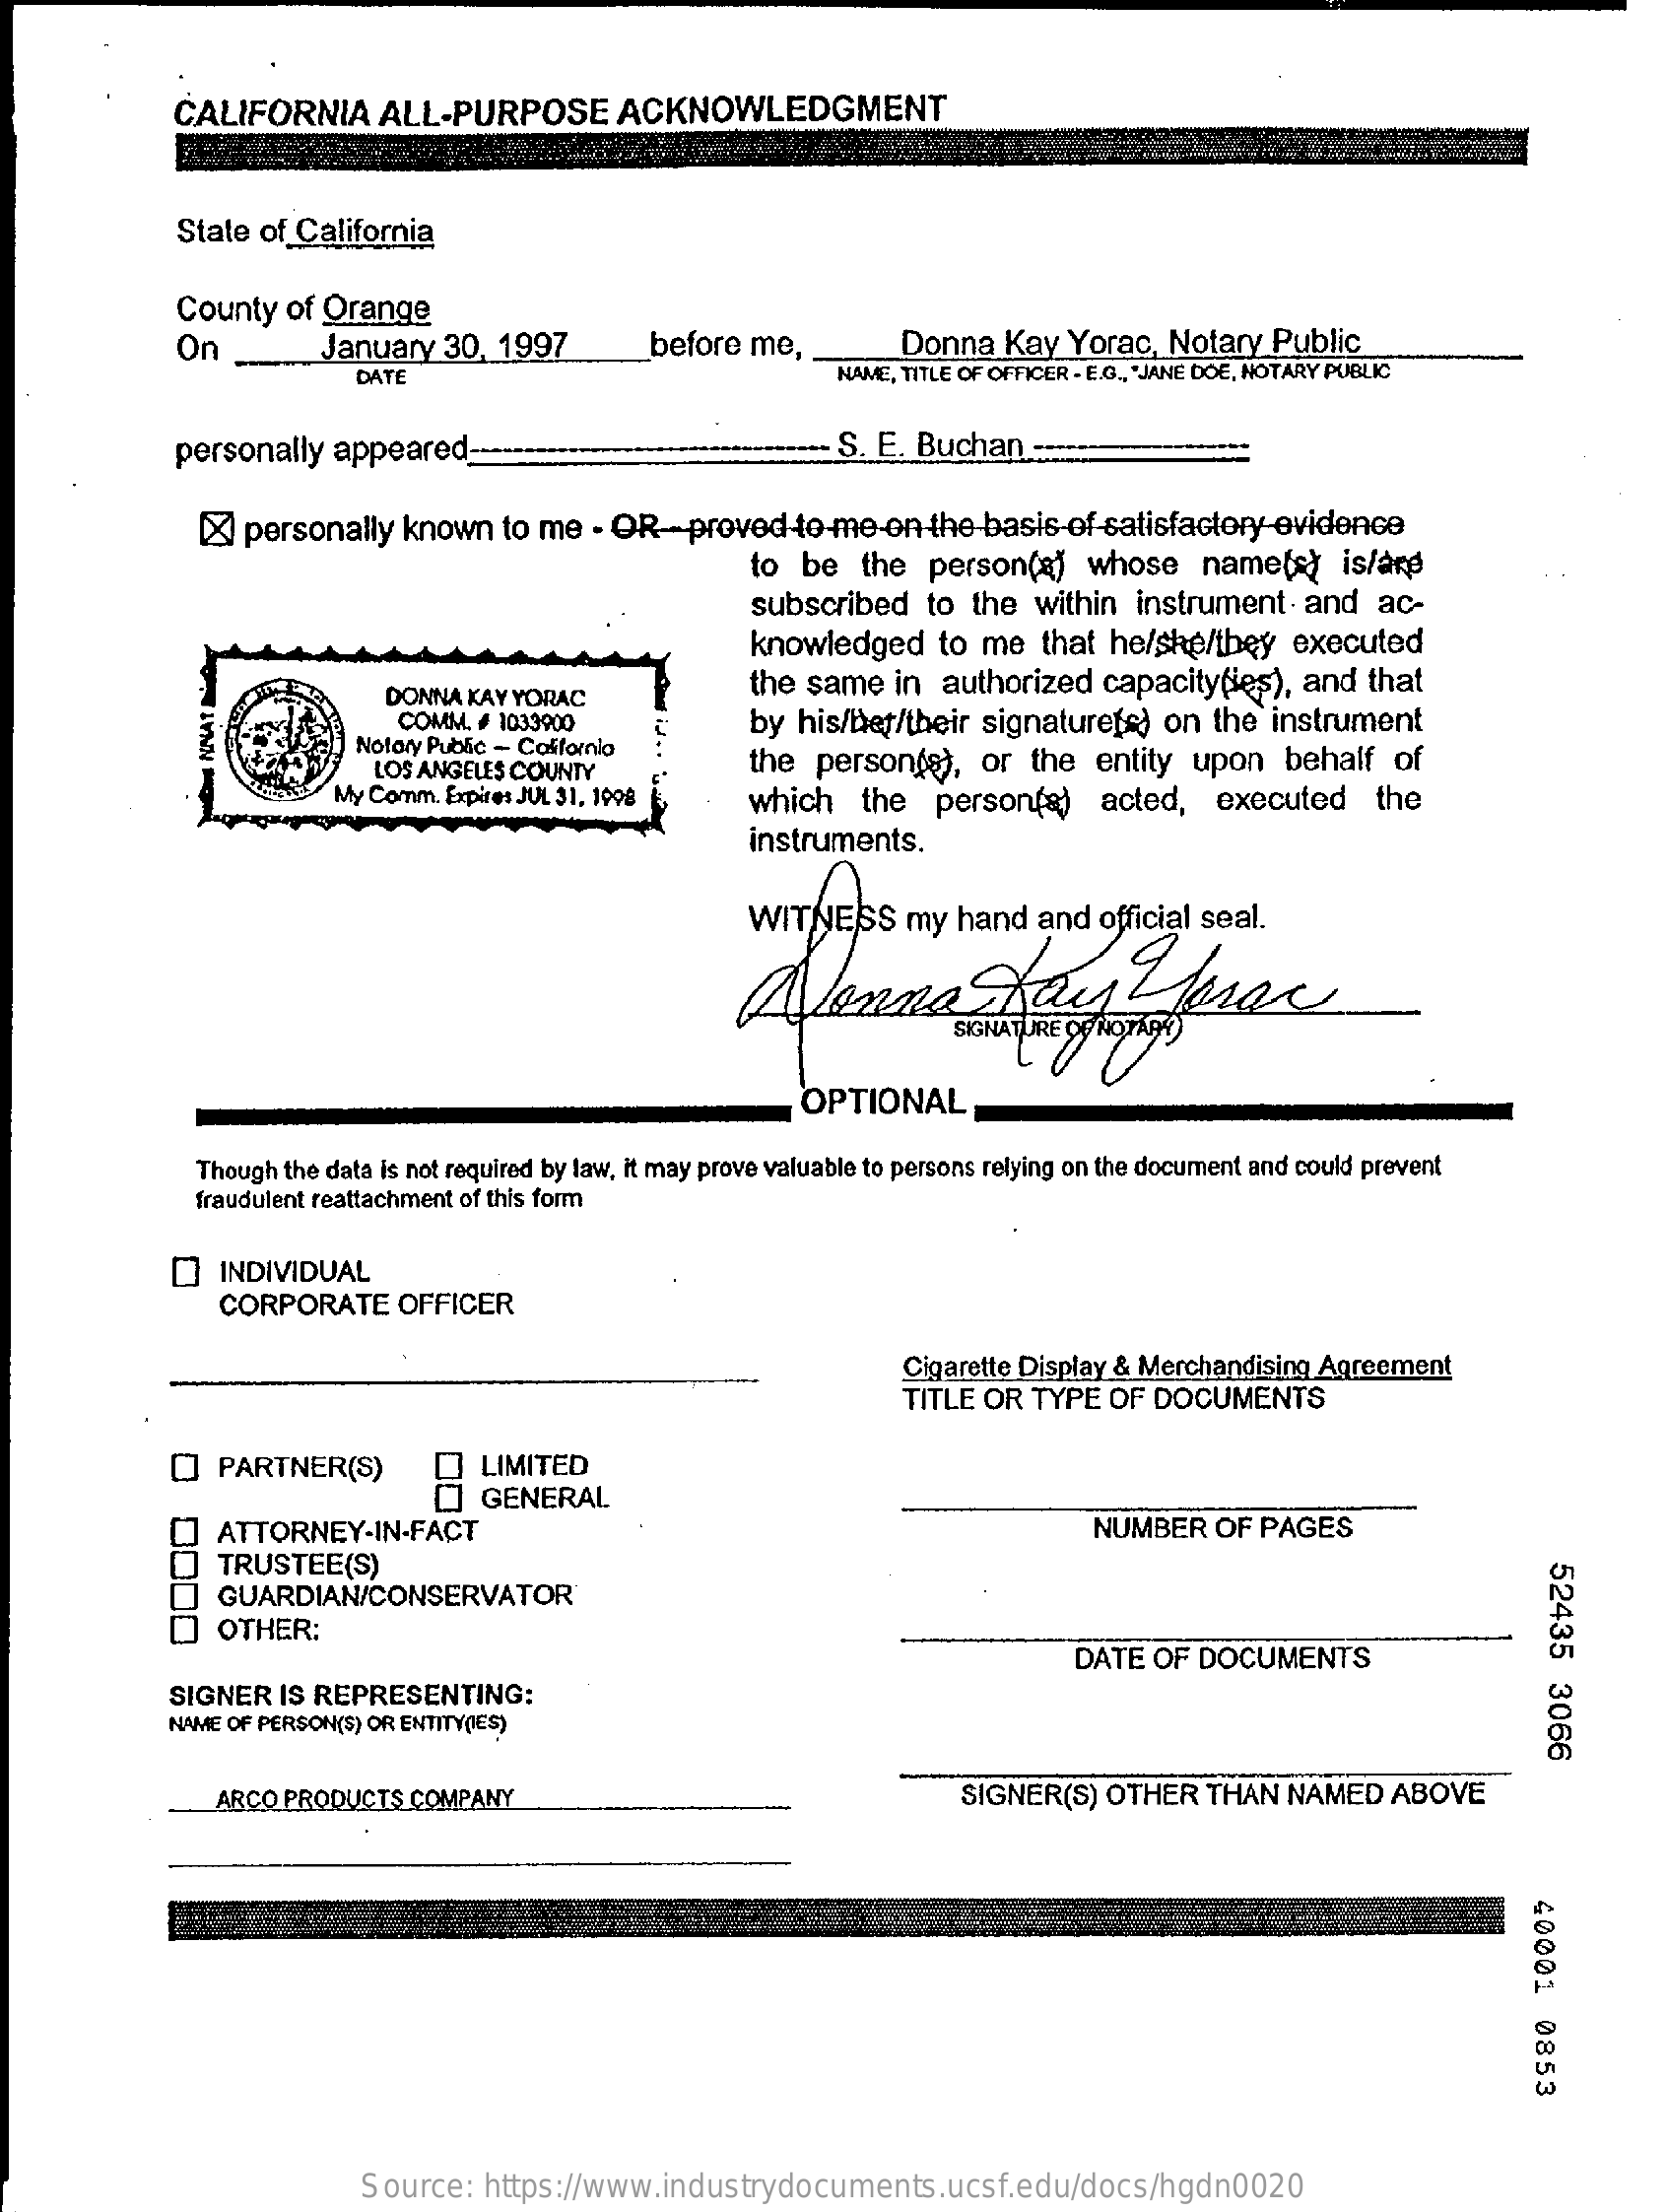
CALIFORNIA    ALL-PURPOSE    ACKNOWLEDGMENT
     State of California
     County  of Orange
     On   _    January 30,  1997    before me,    Donna  Kay   Yorac, Notary  Public
     DAT    NAME, TITLE OF OFFICER . E.G ., "JANE DOE, NOTARY PUBLIC
     personally  appeared-    S. E. Buchan   -----
     XX personally known   to me - OR-proved    to-me-on  the basis-of-satisfactory-evidence
     to  be  the   person(a)   whose   name(s)    is/are
     subscribed   to the  within instrument   and   ac-
     knowledged   to  me  that he/she/they   executed
     DONNA KAY YORAC    the same  in  authorized  capacity(ies), and  that
     COMM. # 1033000    by his/her/their signaturete) on  the instrument
     Notory Public - California
     LOS ANGELES COUNTY    the  person(s),   or  the entity  upon   behalf  of
     NNAT
     My Comm. Expires JUL 31, 1998 which    the  person(a)    acted,  executed    the
     instruments.
     WITNESS WITNESS my hand and official seal.
     Menna    Kay    Leser
     SIGNATURE OF NOTARIO
     OPTIONAL
     Though the data is not required by law, it may prove valuable to persons relying on the document and could prevent
     fraudulent reattachment of this form
     INDIVIDUAL
     CORPORATE    OFFICER
     Cigarette Display & Merchandising Agreement
     TITLE OR  TYPE OF DOCUMENTS
     PARTNER(S)    Q  LIMITED
     O  GENERAL
     0000
     ATTORNEY-IN-FACT    NUMBER   OF  PAGES
     TRUSTEE(S)
     52435
     3066
     GUARDIAN/CONSERVATOR
     OTHER:
     DATE  OF DOCUMENTS
     SIGNER  IS REPRESENTING:
     NAME OF PERSON(S) OR ENTITY(IES)
     ARCO PRODUCTS  COMPANY    SIGNER(S)  OTHER   THAN  NAMED   ABOVE
     40001
     0853
     Source:  https://www.industrydocuments.ucsf.edu/docs/hgdn0020